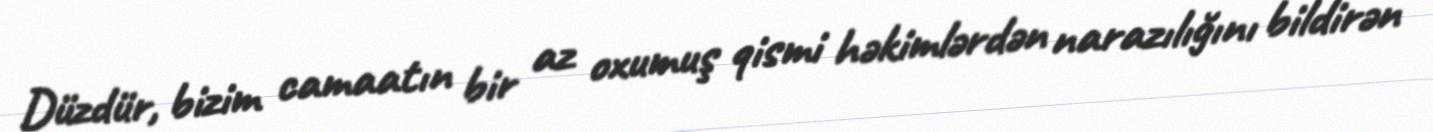
Düzdür, bizim camaatın bir az oxumuş qismi həkimlərdən narazılığını bildirən